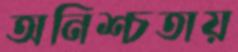
অনিশ্চতায়